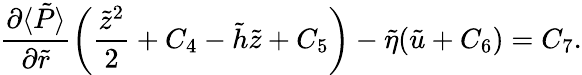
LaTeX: \frac{\partial\langle\tilde{P}\rangle}{\partial\tilde{r}}\left(\frac{\tilde{z}^{2}}{2}+C_{4}-\tilde{h}\tilde{z}+C_{5}\right)-\tilde{\eta}(\tilde{u}+C_{6})=C_{7}.